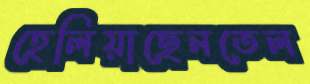
হেলিয়াছেনতেল